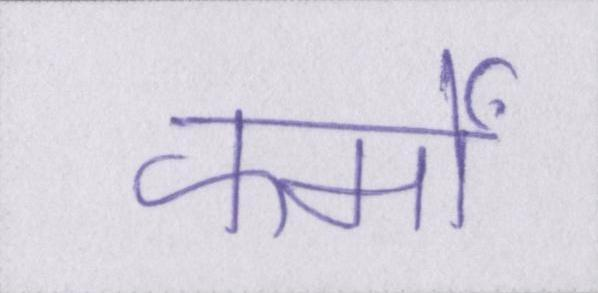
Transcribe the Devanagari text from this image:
फर्मों